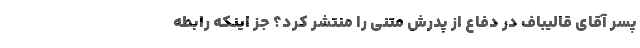
پسر آقای قالیباف در دفاع از پدرش متنی را منتشر کرد؟ جز اینکه رابطه